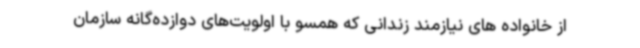
از خانواده های نیازمند زندانی که همسو با اولویت‌های دوازده‌گانه سازمان